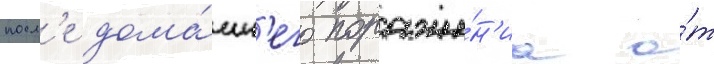
посл'е дома́шн'его пораже́н'иа о́т